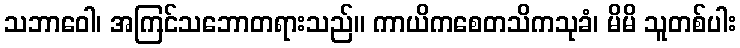
သဘာဝေါ၊ အကြင်သဘောတရားသည်။ ကာယိကစေတသိကသုခံ၊ မိမိ သူတစ်ပါး